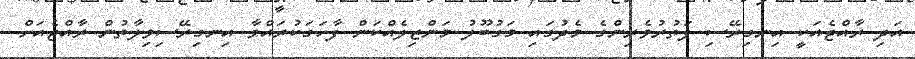
އަދި ރާއްޖެއަކީ އިނގިރޭސި ފަތުރުވެރިންގެ މެދުގައި މަގުބޫލު މަންޒިލެއްކަން ފާހަގަކުރައްވާ އިނގިރޭސިވިލާތުން ރާއްޖެއަށް